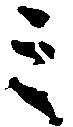
ミ